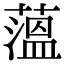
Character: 薀